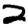
Digit: 2